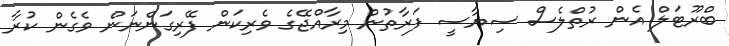
ބްރޫޓަލް އެން ރުތްލެސް ސިޔާސީ ފަރާތުން މިރާއްޖޭގެ ވެރިކަން ފޭރިގަންނަން ވެގެން ކުރާ